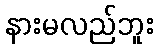
နားမလည်ဘူး